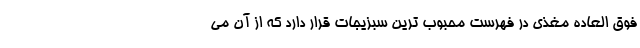
فوق العاده مغذی در فهرست محبوب ترین سبزیجات قرار دارد که از آن می